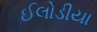
ઈલોડીયા